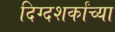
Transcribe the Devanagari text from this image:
दिग्दशर्कांच्या